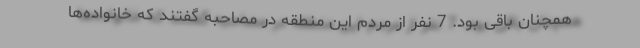
همچنان باقی بود. 7 نفر از مردم این منطقه در مصاحبه گفتند که خانواده‌ها